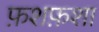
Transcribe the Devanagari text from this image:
फ़शफ़शा